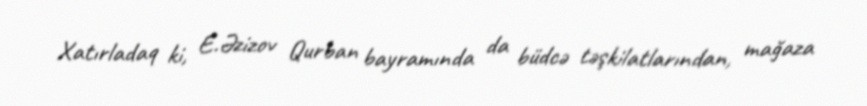
Xatırladaq ki, E.Əzizov Qurban bayramında da büdcə təşkilatlarından, mağaza